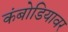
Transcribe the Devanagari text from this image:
कंबोडियावर